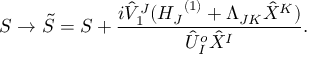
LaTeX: S \rightarrow { \tilde { S } } = S + \frac { i { { \hat { V } } _ { 1 } } ^ { J } ( { H _ { J } } ^ { ( 1 ) } + \Lambda _ { J K } { \hat { X } } ^ { K } ) } { { \hat { U } } _ { I } ^ { o } { \hat { X } } ^ { I } } .